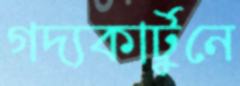
গদ্যকার্টুনে